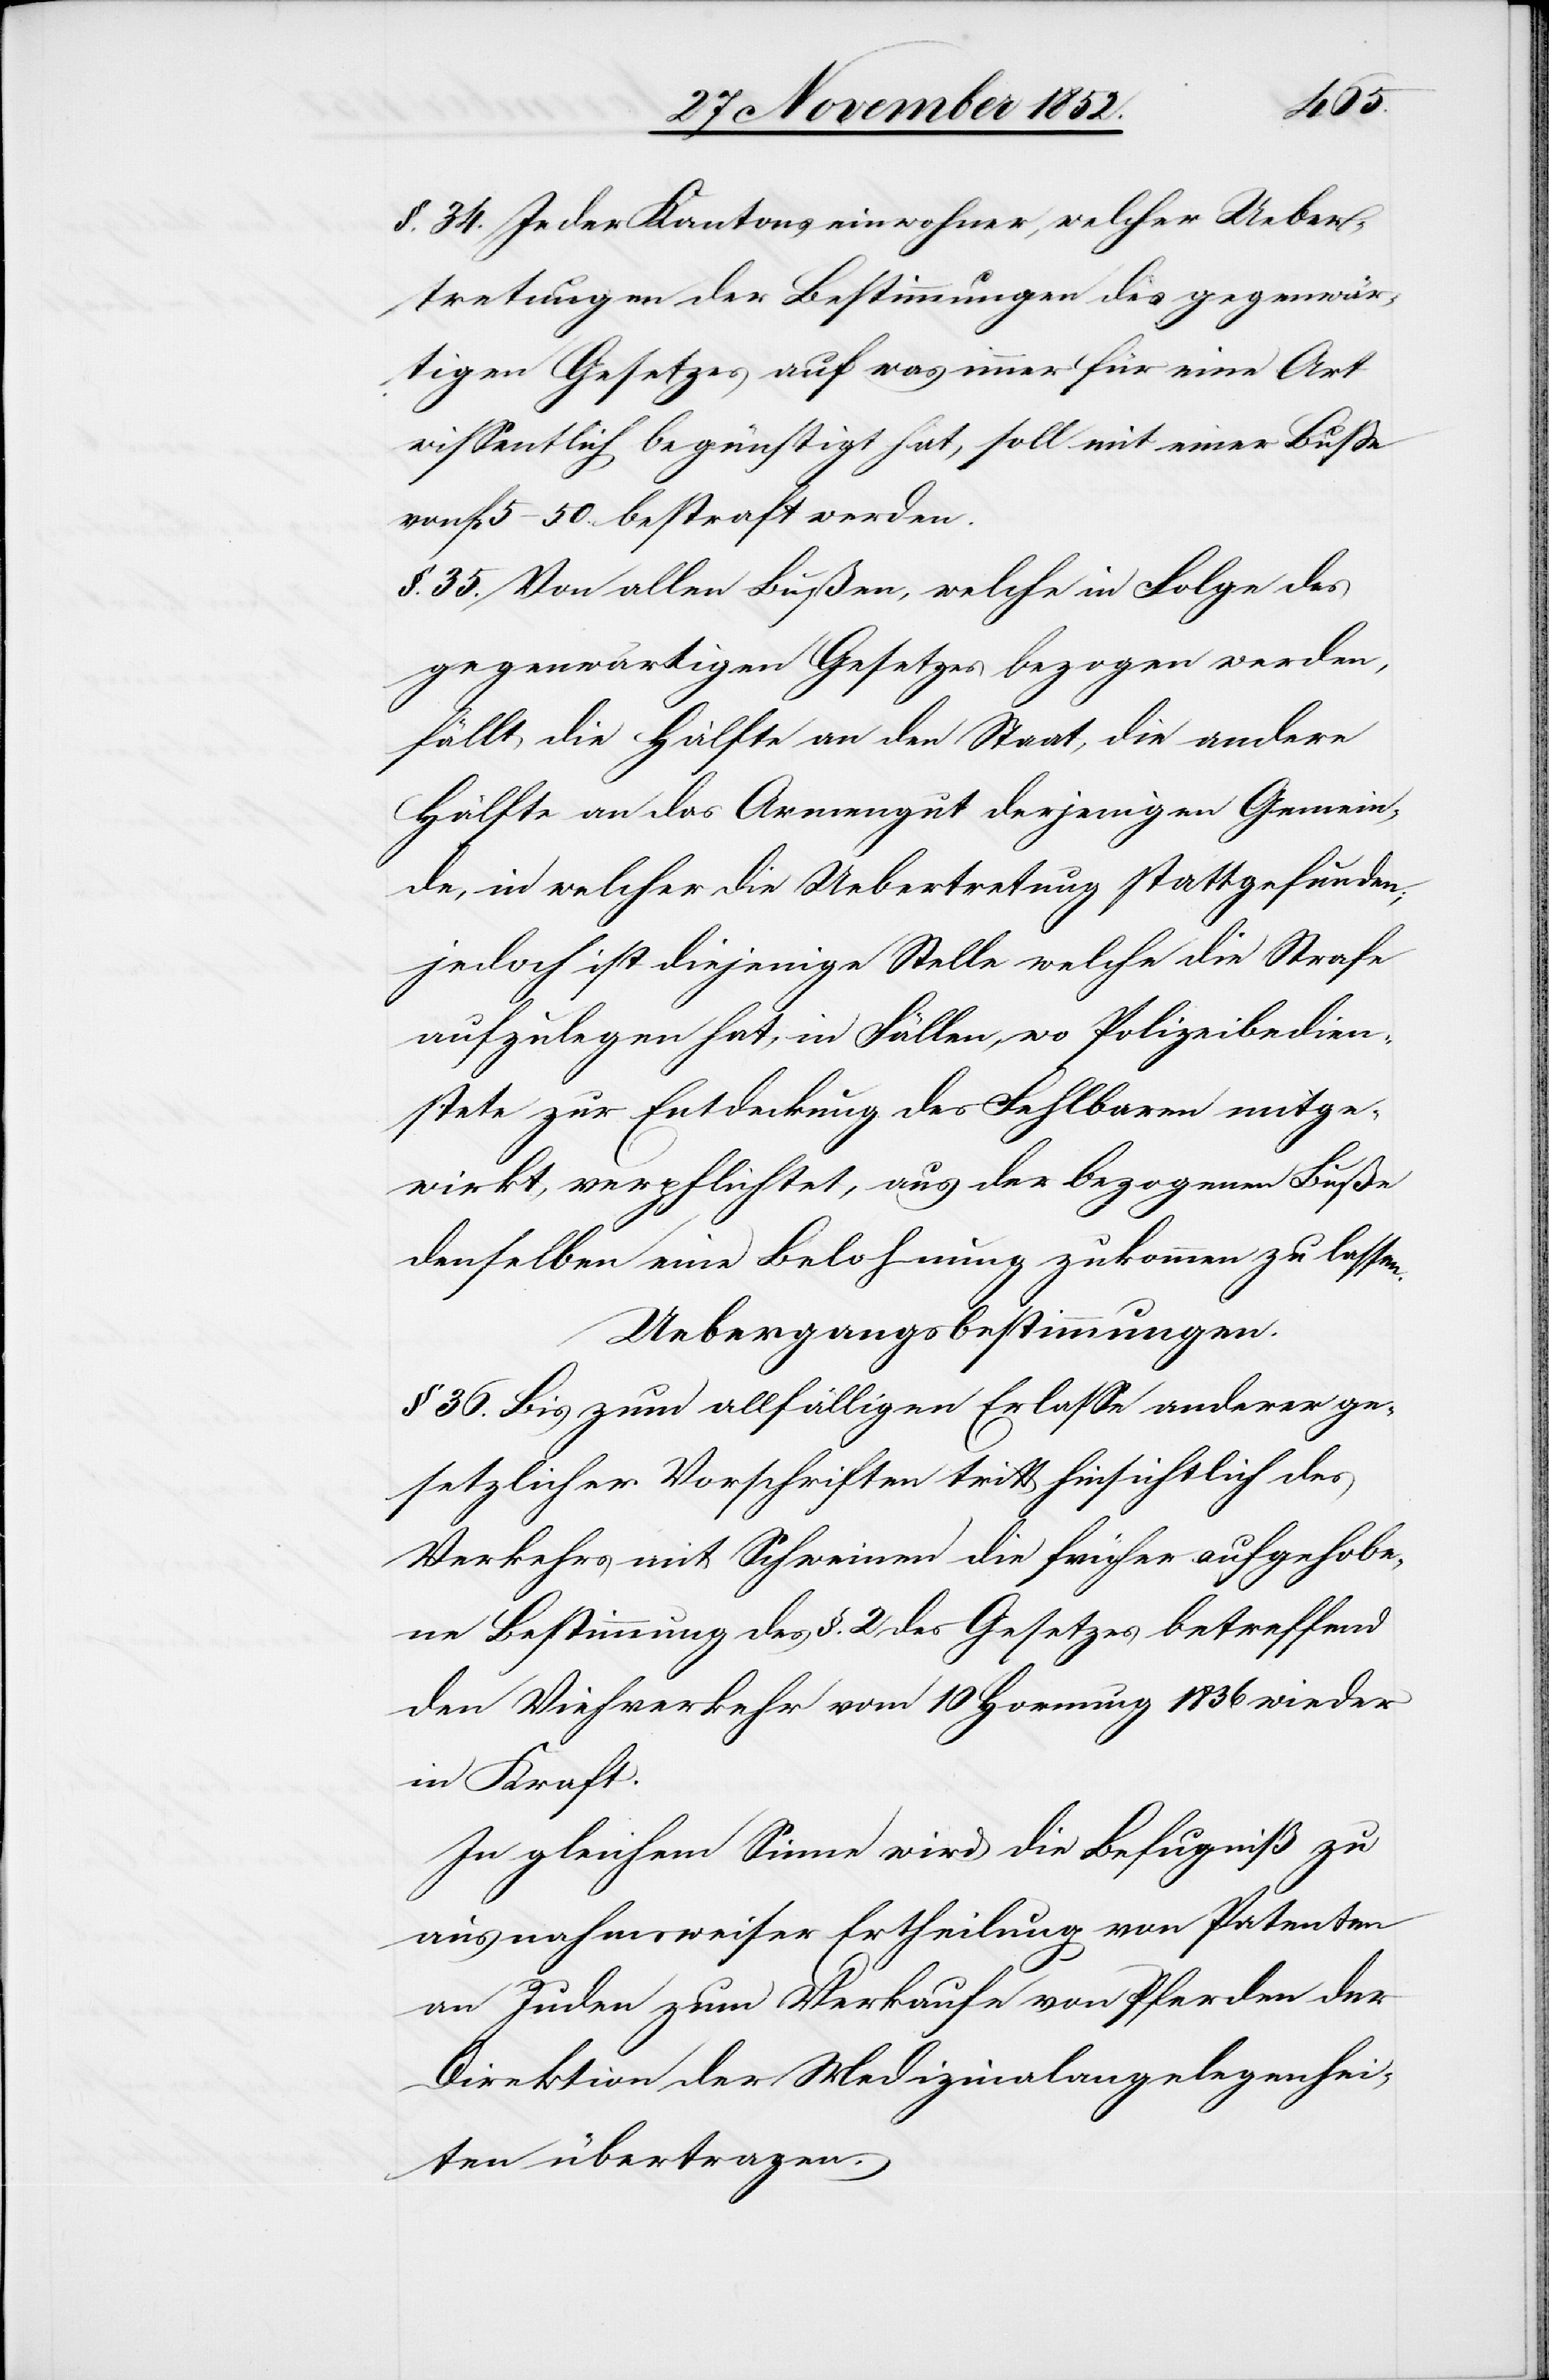
§. 34. Jeder Kantonseinwohner, welcher Ueber¬
tretungen der Bestimmungen des gegenwär¬
tigen Gesetzes auf was immer für eine Art
wissentlich begünstigt hat, soll mit einer Buße
von Fr 5–50. bestraft werden.
§. 35. Von allen Bußen, welche in Folge des
gegenwärtigen Gesetzes bezogen werden,
fällt die Hälfte an den Staat, die andere
Hälfte an das Armengut derjenigen Gemein¬
de, in welcher die Uebertretung stattgefunden;
jedoch ist diejenige Stelle welche die Strafe
aufzulegen hat, in Fällen, wo Polizeibedien¬
stete zur Entdeckung des Fehlbaren mitge¬
wirkt verpflichtet, aus der bezogenen Buße
denselben eine Belohnung zukommen zu lassen.
Uebergangsbestimmungen.
§ 36. Bis zum allfälligen Erlasse anderer ge¬
setzlicher Vorschriften tritt hinsichtlich des
Verkehrs mit Schweinen die früher aufgehobe¬
ne Bestimmung des §. 2 des Gesetzes betreffend
den Viehverkehr vom 10 Hornung 1836 wieder
in Kraft.
In gleichem Sinne wird die Befugniß zu
ausnahmsweiser Ertheilung von Patenten
an Juden zum Verkaufe von Pferden der
Direktion der Medizinalangelegenhei¬
ten übertragen.